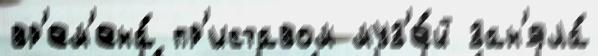
вр'ем'ена́ пр'иставом муз'е́й зан'яла́